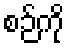
စဉ်ကို